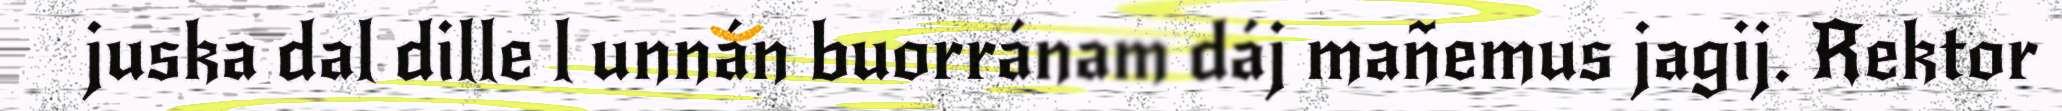
juska dal dille l unnán buorránam dáj mañemus jagij. Rektor